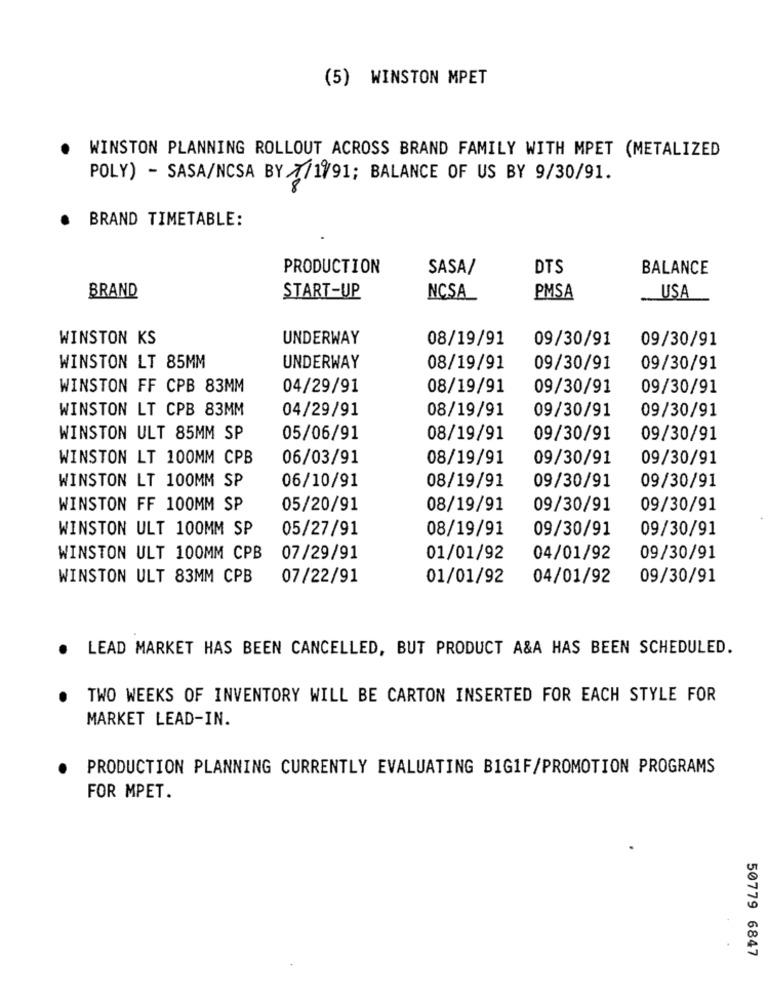
(5) WINSTON MPET
WINSTON PLANNING ROLLOUT ACROSS BRAND FAMILY WITH MPET (METALIZED
POLY) - SASA/NCSA BY 7/1991; BALANCE OF US BY 9/30/91.
BRAND TIMETABLE:
PRODUCTION
SASA/
DTS
BALANCE
BRAND
START-UP
NCSA_
PMSA
USA
WINSTON KS
UNDERWAY
08/19/91
09/30/91
09/30/91
WINSTON LT 85MM
UNDERWAY
08/19/91
09/30/91
09/30/91
WINSTON FF CPB 83MM
04/29/91
08/19/91
09/30/91
09/30/91
WINSTON LT CPB 83MM
04/29/91
08/19/91
09/30/91
09/30/91
WINSTON ULT 85MM SP
05/06/91
08/19/91
09/30/91
09/30/91
WINSTON LT 100MM CPB
06/03/91
08/19/91
09/30/91
09/30/91
WINSTON LT 100MM SP
06/10/91
08/19/91
09/30/91
09/30/91
WINSTON FF 100MM SP
05/20/91
08/19/91
09/30/91
09/30/91
WINSTON ULT 100MM SP
05/27/91
08/19/91
09/30/91
09/30/91
WINSTON ULT 100MM CPB
07/29/91
01/01/92
04/01/92
09/30/91
WINSTON ULT 83MM CPB
07/22/91
01/01/92
04/01/92
09/30/91
LEAD MARKET HAS BEEN CANCELLED, BUT PRODUCT A&A HAS BEEN SCHEDULED.
TWO WEEKS OF INVENTORY WILL BE CARTON INSERTED FOR EACH STYLE FOR
MARKET LEAD-IN.
PRODUCTION PLANNING CURRENTLY EVALUATING BIG1F/PROMOTION PROGRAMS
FOR MPET.
50779 6847